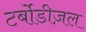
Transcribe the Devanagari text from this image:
टर्बोडीज़ल